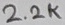
Text: 2.2K